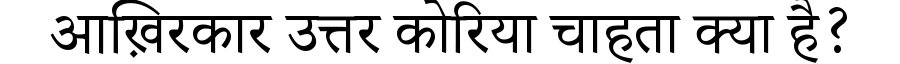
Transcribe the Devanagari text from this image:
आख़िरकार उत्तर कोरिया चाहता क्या है?